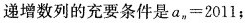
递增数列的充要条件是$$a_{n}=2011$$；